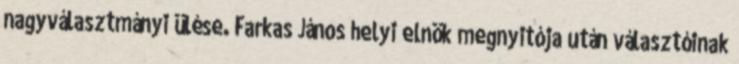
nagyválasztmányi ülése. Farkas János helyi elnök megnyitója után választóinak